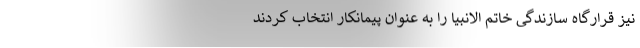
نیز قرارگاه سازندگی خاتم الانبیا را به عنوان پیمانکار انتخاب کردند